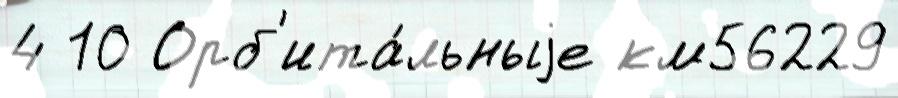
4 10 Орб'ита́льныjе км56229